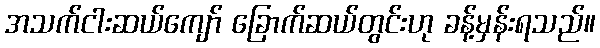
အသက်ငါးဆယ်ကျော် ခြောက်ဆယ်တွင်းဟု ခန့်မှန်းရသည်။